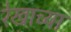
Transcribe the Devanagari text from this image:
रेखाच्या